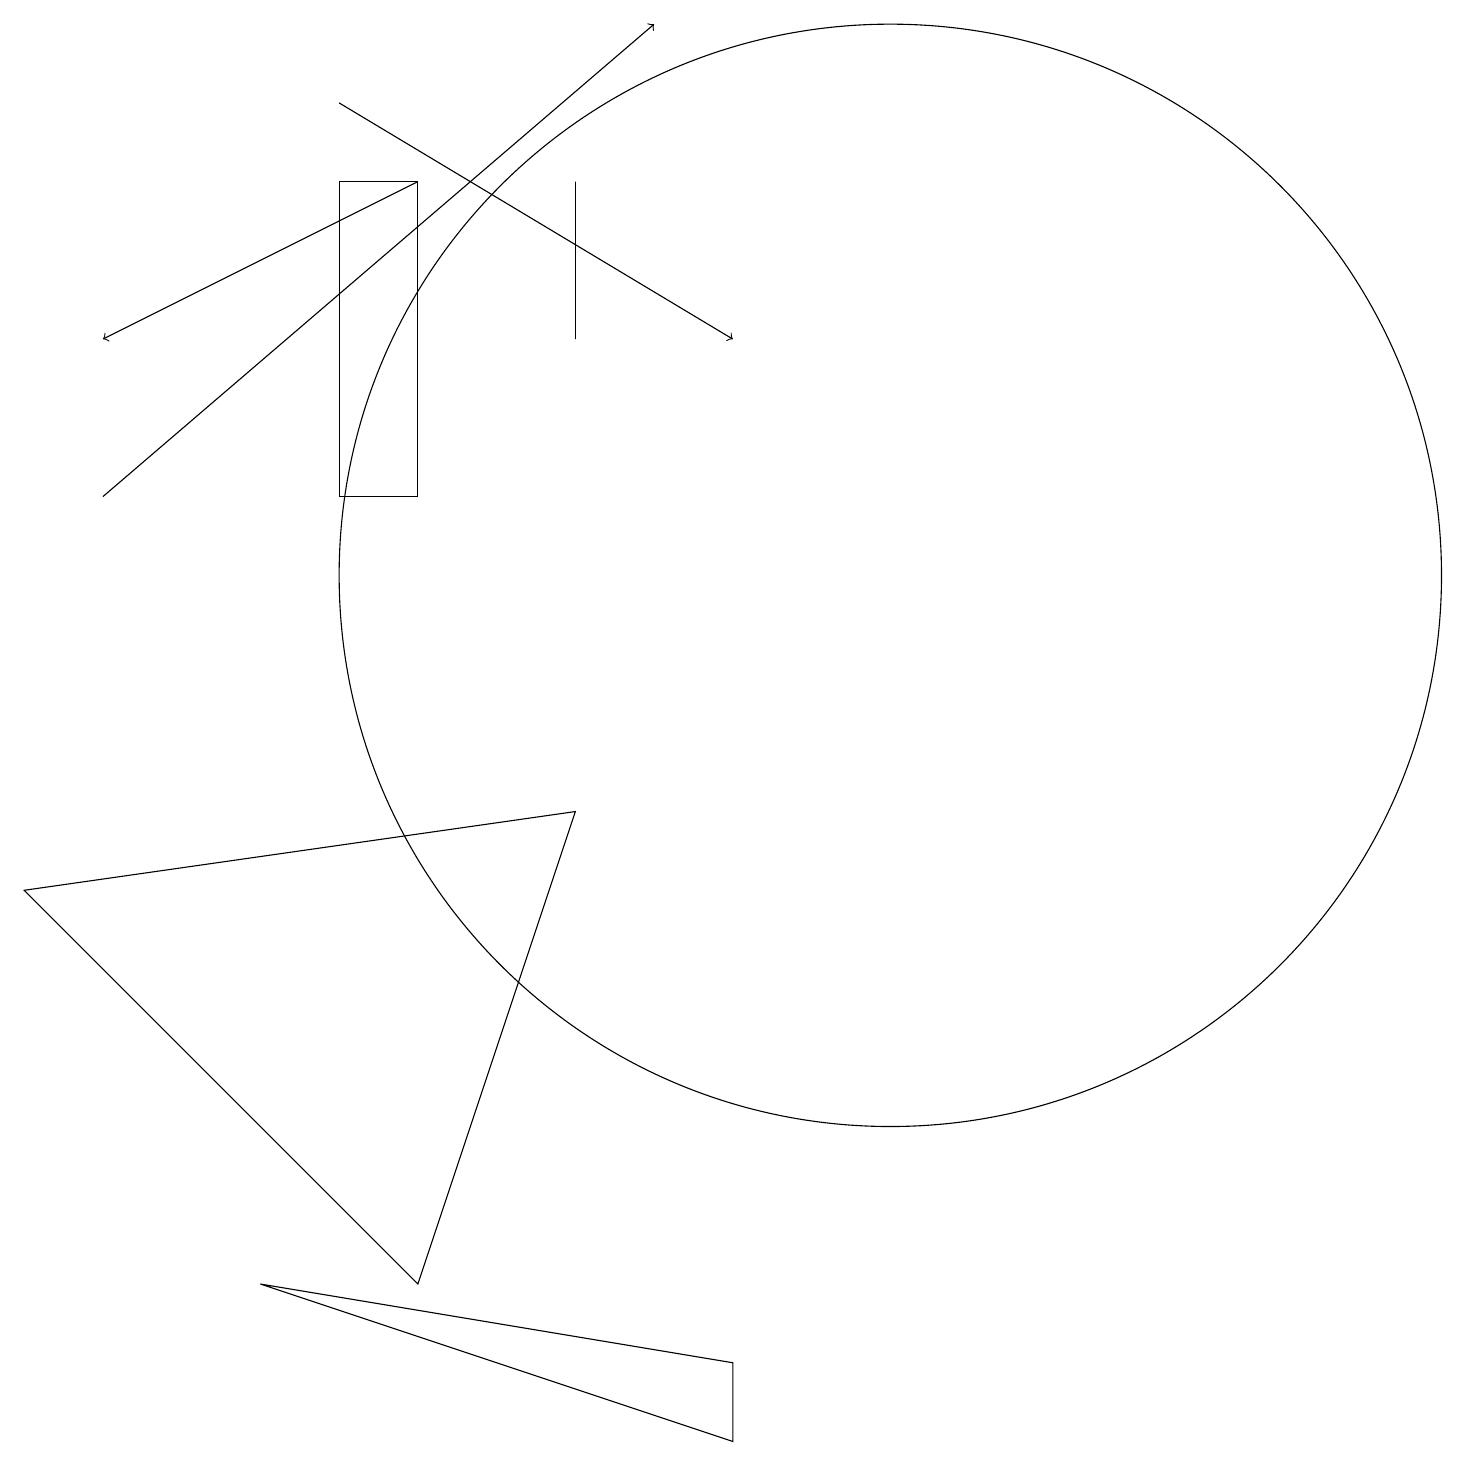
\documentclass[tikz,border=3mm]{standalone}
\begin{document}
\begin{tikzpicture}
\draw (4,13) rectangle (5,17);
\draw[->] (5,17) -- (1,15);
\draw (5,3) -- (0,8) -- (7,9) -- cycle;
\draw (9,2) -- (9,1) -- (3,3) -- cycle;
\draw (7,15) rectangle (7,17);
\draw[->] (1,13) -- (8,19);
\draw[->] (4,18) -- (9,15);
\draw (11,12) circle (7);
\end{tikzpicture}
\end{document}